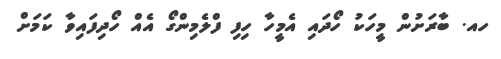
ހއ. ބާރަށުން މީހަކު ހޯދައި އެމީހާ ހިފި ފްލެމިންގޯ އެއް ހޯދިފައިވާ ކަމަށް